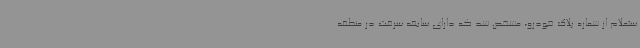
ستعلام از شماره پلاک خودرو، مشخص شد که دارای سابقه سرقت در منطقه